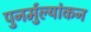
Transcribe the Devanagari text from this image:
पुनर्मुल्यांकन